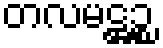
တလမဋ္ဌဉ္စ